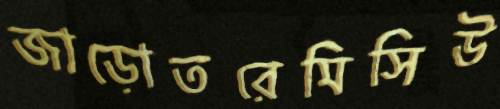
জাড়োতরেমিসিউ